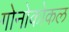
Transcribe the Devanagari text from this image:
गोनोकोकल